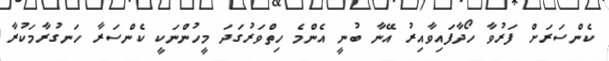
ކެންސަރަށް ފަރުވާ ހޯދާފައިވާއިރު އޭނާ ބުނީ އެންމެ ހިތްވަރުގަދަ މީހުންނަކީ ކެންސަރާ ހަނގުރާމަކުރާ